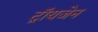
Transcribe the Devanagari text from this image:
ट्रॉयजेन